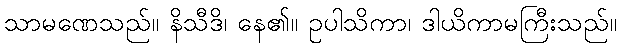
သာမဏေသည်။ နိသီဒိ၊ နေ၏။ ဥပါသိကာ၊ ဒါယိကာမကြီးသည်။